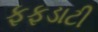
ફફડાટી